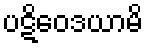
ပဋိဝေဒယာမိ